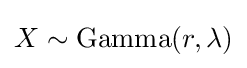
X\sim \operatorname {Gamma} (r,\lambda )